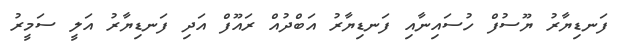
ފަނޑިޔާރު ޔޫސުފް ހުސައިނާއި ފަނޑިޔާރު އަބްދުއް ރައޫފް އަދި ފަނޑިޔާރު އަލީ ސަމީރު